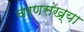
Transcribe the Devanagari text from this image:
चरणसंख्या